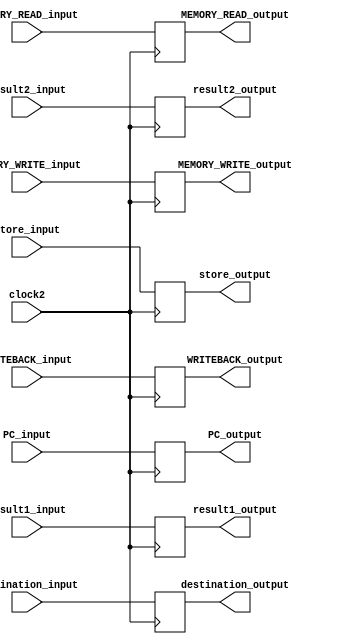
module EXE_MEM (clock2, PC_input, PC_output, store_input, store_output, result1_input, result2_input, result1_output, result2_output, destination_input, destination_output,MEMORY_READ_input, MEMORY_READ_output, 
    MEMORY_WRITE_input, MEMORY_WRITE_output, WRITEBACK_input, WRITEBACK_output);

    input clock2, MEMORY_READ_input, MEMORY_WRITE_input; 
    input [1:0] WRITEBACK_input;
    input [4:0] destination_input;
    input [31:0] PC_input, result1_input, result2_input, store_input;

    output reg MEMORY_READ_output, MEMORY_WRITE_output; 
    output reg [1:0] WRITEBACK_output;
    output reg [4:0] destination_output;
    output reg [31:0] PC_output, result1_output, result2_output, store_output;

    always @(posedge clock2) begin
        MEMORY_READ_output <= MEMORY_READ_input;
        MEMORY_WRITE_output <=  MEMORY_WRITE_input;
        WRITEBACK_output <= WRITEBACK_input;
        destination_output <= destination_input;
        PC_output <= PC_input;
        result1_output <= result1_input;
        result2_output <= result2_input;
        store_output <= store_input;
    end

endmodule